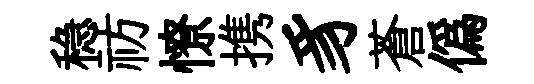
稳祊憭携豸蒼偽